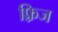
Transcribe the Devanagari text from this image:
फ़्रिज